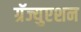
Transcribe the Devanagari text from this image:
ग्रॅज्युएशन